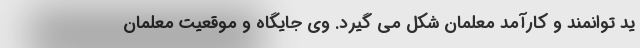
ید توانمند و کارآمد معلمان شکل می گیرد. وی جایگاه و موقعیت معلمان